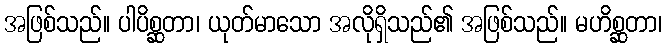
အဖြစ်သည်။ ပါပိစ္ဆတာ၊ ယုတ်မာသော အလိုရှိသည်၏ အဖြစ်သည်။ မဟိစ္ဆတာ၊